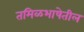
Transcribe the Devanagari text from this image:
तमिळभाषेतील